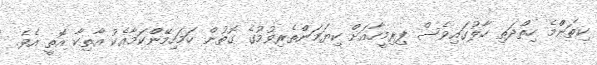
ކިތަންްމެ ހިތްދަަތި ހާލުގައިވެސް ފިރިމީހާއަށް ކިޔަމަންްތެރިވުމުގެ ގޮޮތުން ހަމަހިމޭންްކަަމާއެކު އާތިކާ އޮތީ އެވެ.